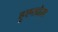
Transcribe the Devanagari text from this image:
हुएसोस